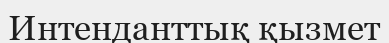
Интенданттық қызмет